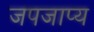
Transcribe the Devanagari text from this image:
जपजाप्य